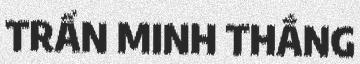
TRẦN MINH THẮNG